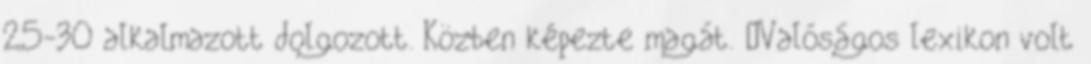
25-30 alkalmazott dolgozott. Közben képezte magát. „Valóságos lexikon volt